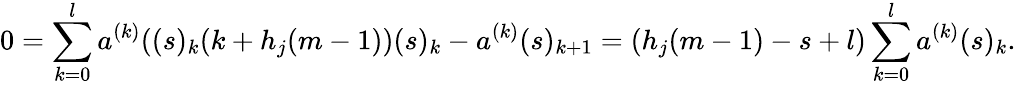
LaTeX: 0=\sum_{k=0}^{l}a^{(k)}((s)_{k}(k+h_{j}(m-1))(s)_{k}-a^{(k)}(s)_{k+1}=(h_{j}(m-1)-s+l)\sum_{k=0}^{l}a^{(k)}(s)_{k}.